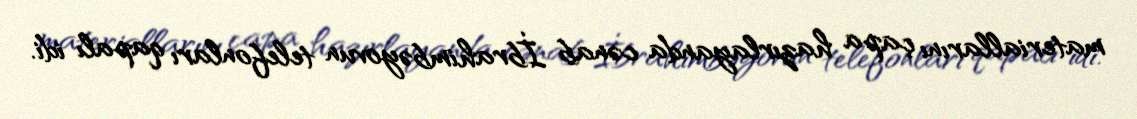
materiallarını çapa hazırlayanda cənab İbrahimbəyovun telefonları qapalı idi.